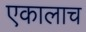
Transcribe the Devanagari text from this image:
एकालाच